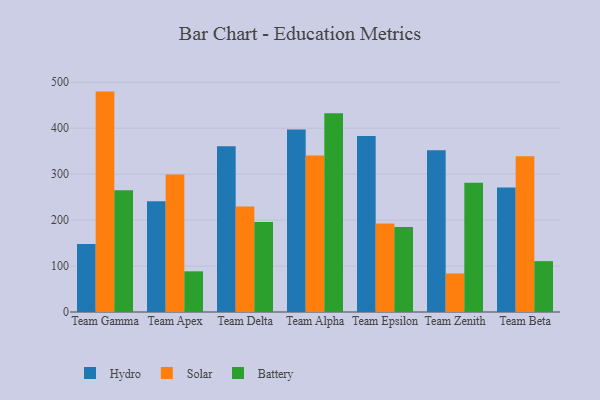
{"axis": {"x": "Team", "y": "Shipments"}, "legend": ["Battery", "Hydro", "Solar"], "data": [{"x": "Team Gamma", "y": 147.9, "type": "Hydro"}, {"x": "Team Gamma", "y": 479.7, "type": "Solar"}, {"x": "Team Gamma", "y": 265.0, "type": "Battery"}, {"x": "Team Apex", "y": 241.0, "type": "Hydro"}, {"x": "Team Apex", "y": 299.5, "type": "Solar"}, {"x": "Team Apex", "y": 88.5, "type": "Battery"}, {"x": "Team Delta", "y": 361.0, "type": "Hydro"}, {"x": "Team Delta", "y": 229.6, "type": "Solar"}, {"x": "Team Delta", "y": 196.1, "type": "Battery"}, {"x": "Team Alpha", "y": 397.3, "type": "Hydro"}, {"x": "Team Alpha", "y": 340.6, "type": "Solar"}, {"x": "Team Alpha", "y": 432.4, "type": "Battery"}, {"x": "Team Epsilon", "y": 383.3, "type": "Hydro"}, {"x": "Team Epsilon", "y": 192.6, "type": "Solar"}, {"x": "Team Epsilon", "y": 184.9, "type": "Battery"}, {"x": "Team Zenith", "y": 352.2, "type": "Hydro"}, {"x": "Team Zenith", "y": 83.9, "type": "Solar"}, {"x": "Team Zenith", "y": 281.3, "type": "Battery"}, {"x": "Team Beta", "y": 270.9, "type": "Hydro"}, {"x": "Team Beta", "y": 339.2, "type": "Solar"}, {"x": "Team Beta", "y": 110.7, "type": "Battery"}]}